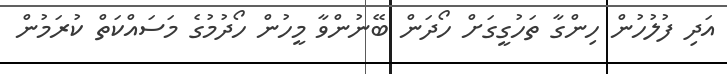
އަދި ފުލުހުން ހިންގާ ތަހުގީގަށް ހޯދަން ބޭނުންވާ މީހުން ހޯދުމުގެ މަސައްކަތް ކުރަމުން